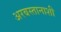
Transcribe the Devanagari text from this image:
अरबस्तानाशी